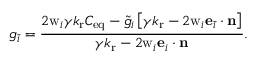
g _ { \bar { i } } = \frac { 2 \mathrm { w } _ { i } \gamma { k _ { \mathrm { r } } C _ { \mathrm { e q } } - \tilde { g } _ { i } \left[ { \gamma k _ { \mathrm { r } } - 2 \mathrm { w } _ { i } \mathbf { e } _ { \bar { i } } \cdot \mathbf { n } } \right] } } { { \gamma k _ { \mathrm { r } } - 2 \mathrm { w } _ { i } \mathbf { e } _ { i } \cdot \mathbf { n } } } .